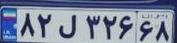
۸۲ل۳۲۶۶۸